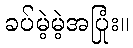
ခပ်မဲ့မဲ့အပြုံး။